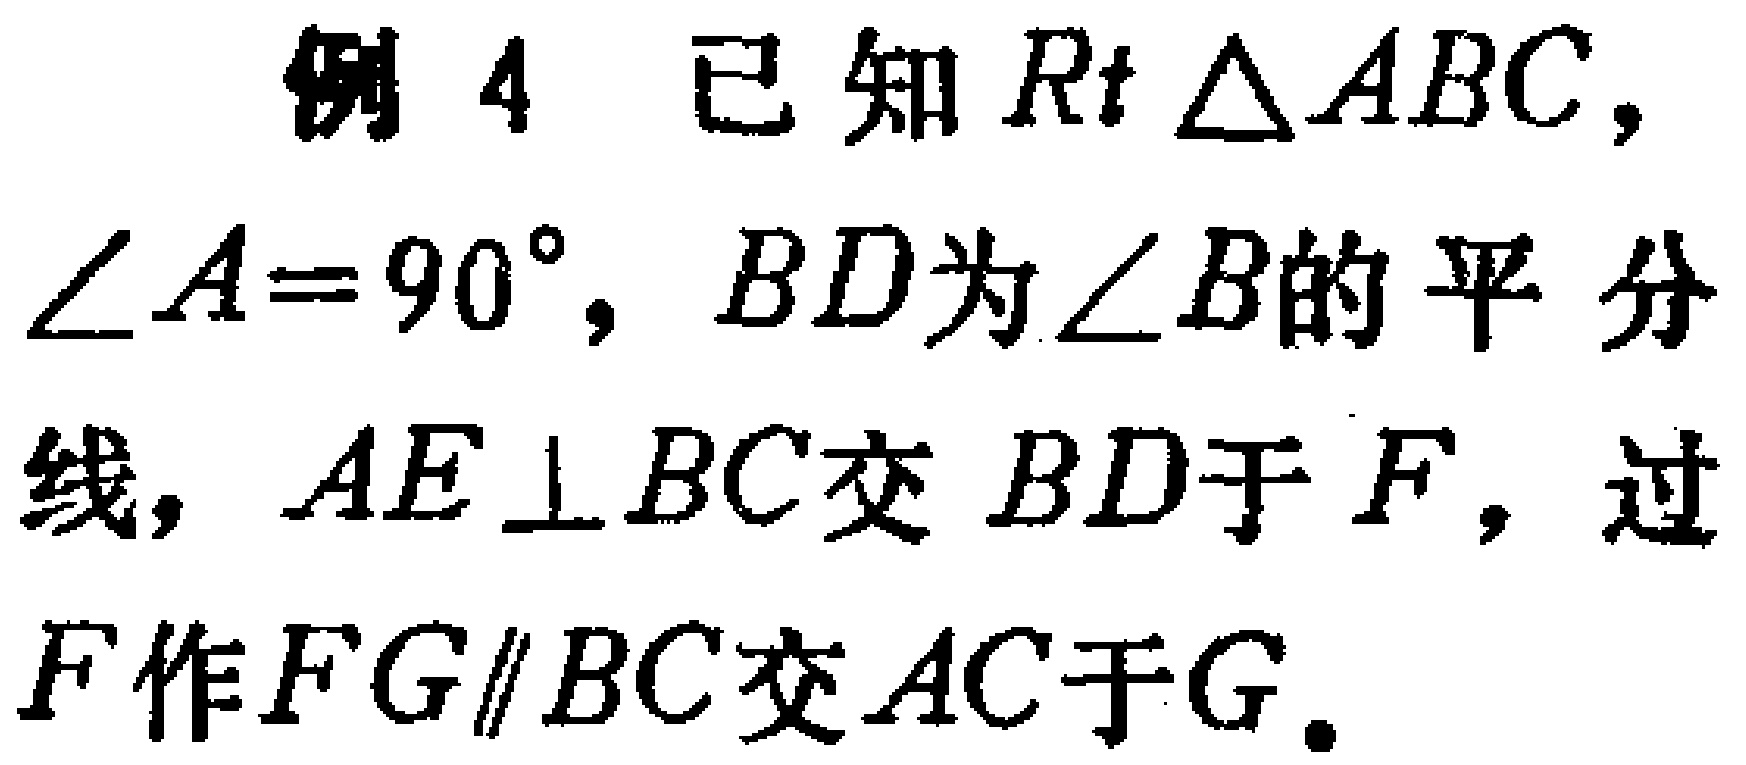
例 4 已知 \(Rt\triangle ABC\)，\(\angle A = 90^{\circ}\)，\(BD\)为\(\angle B\)的平分线，\(AE\perp BC\)交 \(BD\)于 \(F\)，过 \(F\)作 \(FG\parallel BC\)交 \(AC\)于 \(G\)。